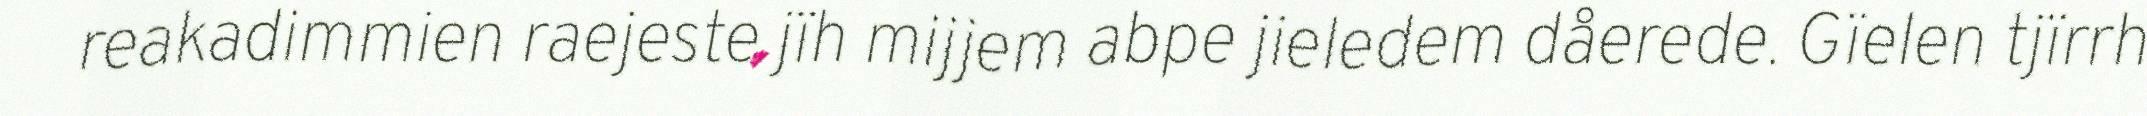
reakadimmien raejeste jïh mijjem abpe jieledem dåerede. Gïelen tjïrrh